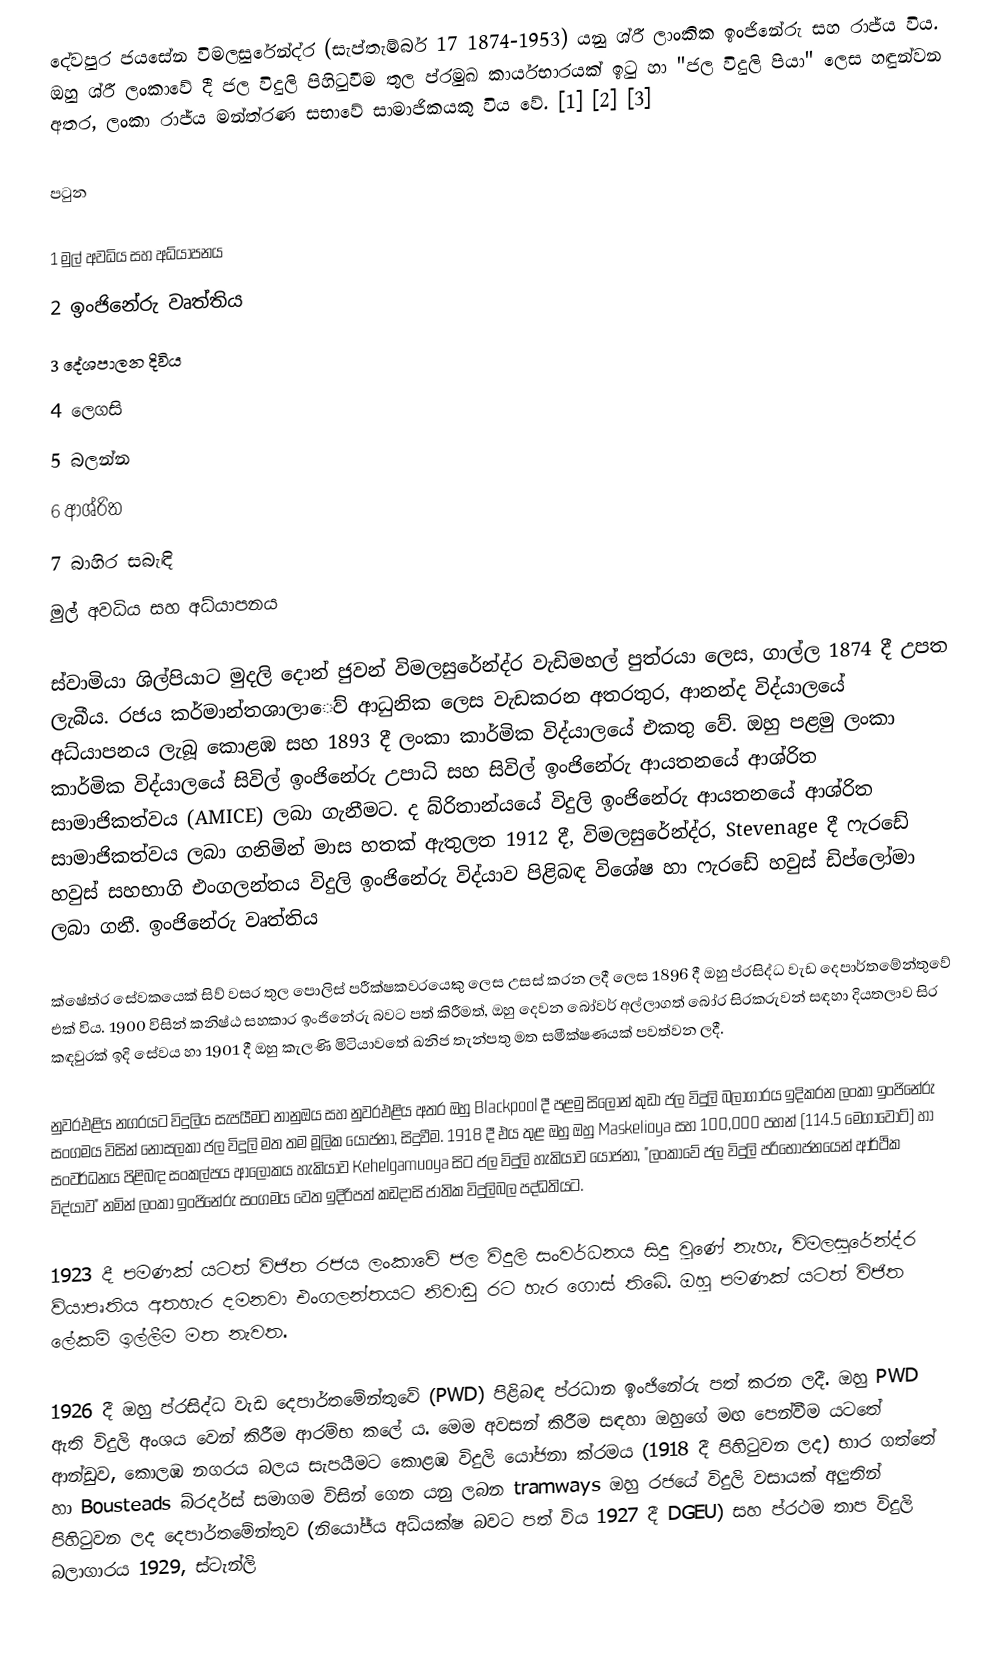
දේවපුර ජයසේන විමලසුරේන්ද්ර (සැප්තැම්බර් 17 1874-1953) යනු ශ්රී ලාංකික ඉංජිනේරු සහ රාජ්ය විය. ඔහු ශ්රී ලංකාවේ දී ජල විදුලි පිහිටුවීම තුල ප්රමුඛ කාර්යභාරයක් ඉටු හා "ජල විදුලි පියා" ලෙස හඳුන්වන අතර, ලංකා රාජ්ය මන්ත්රණ සභාවේ සාමාජිකයකු විය වේ. [1] [2] [3]

පටුන

    1 මුල් අවධිය සහ අධ්යාපනය
    2 ඉංජිනේරු වෘත්තිය
    3 දේශපාලන දිවිය
    4 ලෙගසි
    5 බලන්න
    6 ආශ්රිත
    7 බාහිර සබැඳි
මුල් අවධිය සහ අධ්යාපනය

ස්වාමියා ශිල්පියාට මුදලි දොන් ජුවන් විමලසුරේන්ද්ර වැඩිමහල් පුත්රයා ලෙස, ගාල්ල 1874 දී උපත ලැබීය. රජය කර්මාන්තශාලාෙව් ආධුනික ලෙස වැඩකරන අතරතුර, ආනන්ද විද්යාලයේ අධ්යාපනය ලැබූ කොළඹ සහ 1893 දී ලංකා කාර්මික විද්යාලයේ එකතු වේ. ඔහු පළමු ලංකා කාර්මික විද්යාලයේ සිවිල් ඉංජිනේරු උපාධි සහ සිවිල් ඉංජිනේරු ආයතනයේ ආශ්රිත සාමාජිකත්වය (AMICE) ලබා ගැනීමට. ද බ්රිතාන්යයේ විදුලි ඉංජිනේරු ආයතනයේ ආශ්රිත සාමාජිකත්වය ලබා ගනිමින් මාස හතක් ඇතුලත 1912 දී, විමලසුරේන්ද්ර, Stevenage දී ෆැරඩේ හවුස් සහභාගි එංගලන්තය විදුලි ඉංජිනේරු විද්යාව පිළිබඳ විශේෂ හා ෆැරඩේ හවුස් ඩිප්ලෝමා ලබා ගනී. ඉංජිනේරු වෘත්තිය

ක්ෂේත්ර සේවකයෙක් සිව් වසර තුල පොලිස් පරීක්ෂකවරයෙකු ලෙස උසස් කරන ලදී ලෙස 1896 දී ඔහු ප්රසිද්ධ වැඩ දෙපාර්තමේන්තුවේ එක් විය. 1900 විසින් කනිෂ්ඨ සහකාර ඉංජිනේරු බවට පත් කිරීමත්, ඔහු දෙවන බෝවර් අල්ලාගත් බෝර සිරකරුවන් සඳහා දියතලාව සිර කඳවුරක් ඉදි සේවය හා 1901 දී ඔහු කැලණි මිටියාවතේ ඛනිජ තැන්පතු මත සමීක්ෂණයක් පවත්වන ලදී.

නුවරඑළිය නගරයට විදුලිය සැපයීමට නානුඔය සහ නුවරඑළිය අතර ඔහු Blackpool දී පළමු සිලෝන් කුඩා ජල විදුලි බලාගාරය ඉදිකරන ලංකා ඉංජිනේරු සංගමය විසින් නොසලකා ජල විදුලි මත තම මූලික යෝජනා, සිදුවීම. 1918 දී එය තුළ ඔහු ඔහු Maskelioya සහ 100,000 පහන් (114.5 මෙගාවොට්) හා සංවර්ධනය පිළිබඳ සංකල්පය ආලෝකය හැකියාව Kehelgamuoya සිට ජල විදුලි හැකියාව යෝජනා, "ලංකාවේ ජල විදුලි පරිභෝජනයෙන් ආර්ථික විද්යාව" නමින් ලංකා ඉංජිනේරු සංගමය වෙත ඉදිරිපත් කඩදාසි ජාතික විදුලිබල පද්ධතියට.

1923 දී පමණක් යටත් විජිත රජය ලංකාවේ ජල විදුලි සංවර්ධනය සිදු වුණේ නැහැ, විමලසුරේන්ද්ර ව්යාපෘතිය අතහැර දමනවා එංගලන්තයට නිවාඩු රට හැර ගොස් තිබේ. ඔහු පමණක් යටත් විජිත ලේකම් ඉල්ලීම මත නැවත.

1926 දී ඔහු ප්රසිද්ධ වැඩ දෙපාර්තමේන්තුවේ (PWD) පිළිබඳ ප්රධාන ඉංජිනේරු පත් කරන ලදී. ඔහු PWD ඇති විදුලි අංශය වෙන් කිරීම ආරම්භ කලේ ය. මෙම අවසන් කිරීම සඳහා ඔහුගේ මඟ පෙන්වීම යටතේ ආන්ඩුව, කොලඹ නගරය බලය සැපයීමට කොළඹ විදුලි යෝජනා ක්රමය (1918 දී පිහිටුවන ලද) භාර ගත්තේ හා Bousteads බ්රදර්ස් සමාගම විසින් ගෙන යනු ලබන tramways ඔහු රජයේ විදුලි වසායක් අලුතින් පිහිටුවන ලද දෙපාර්තමේන්තුව (නියෝජ්ය අධ්යක්ෂ බවට පත් විය 1927 දී DGEU) සහ ප්රථම තාප විදුලි බලාගාරය 1929, ස්ටැන්ලි